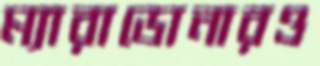
ম্যারাডোনারও